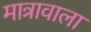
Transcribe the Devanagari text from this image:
मात्रावाला